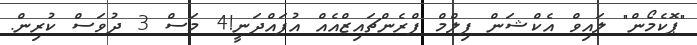
"ޕޮކެމޯން" ލައިވް އެކްޝަން ފިލްމް ފްރެންޗައިޒްއެއް އުފައްދަނީ!4 މަސް 3 ދުވަސް ކުރިން.